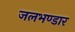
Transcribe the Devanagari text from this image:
जलभण्डार